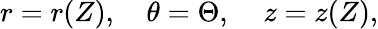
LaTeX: \begin{array}{r}{r=r(Z),\quad\theta=\Theta,\; \; \; \; z=z(Z),}\end{array}